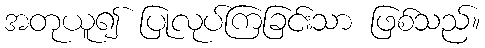
အတုယူ၍ ပြုလုပ်ကြခြင်းသာ ဖြစ်သည်။